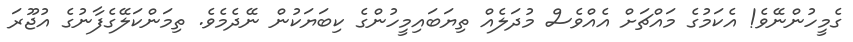
ގެމީހުންނޭވެ! އެކަމުގެ މައްޗަށް އެއްވެސް މުދަލެއް ތިޔަބައިމީހުންގެ ކިބަޔަކުން ނޭދެމެވެ. ތިމަންކަލޭގެފާނުގެ އުޖޫރަ